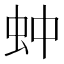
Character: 蚛